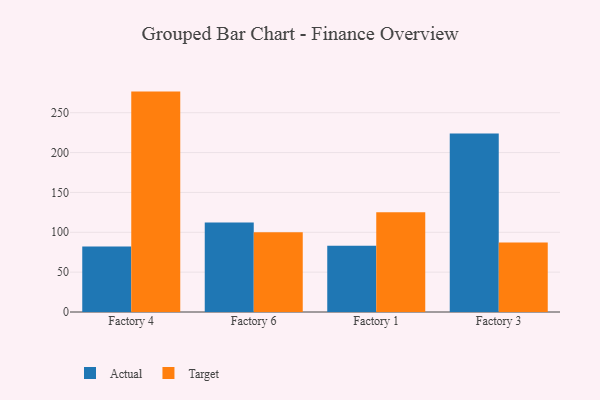
{"axis": {"x": "Factory", "y": "Waste Production (Tons)"}, "legend": ["Actual", "Target"], "data": [{"x": "Factory 4", "y": 82.3, "type": "Actual"}, {"x": "Factory 4", "y": 276.5, "type": "Target"}, {"x": "Factory 6", "y": 112.4, "type": "Actual"}, {"x": "Factory 6", "y": 100.2, "type": "Target"}, {"x": "Factory 1", "y": 83.2, "type": "Actual"}, {"x": "Factory 1", "y": 125.0, "type": "Target"}, {"x": "Factory 3", "y": 223.8, "type": "Actual"}, {"x": "Factory 3", "y": 87.1, "type": "Target"}]}